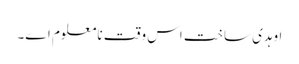
اوہدی ساخت اس وقت نامعلوم ا‏‏ے۔